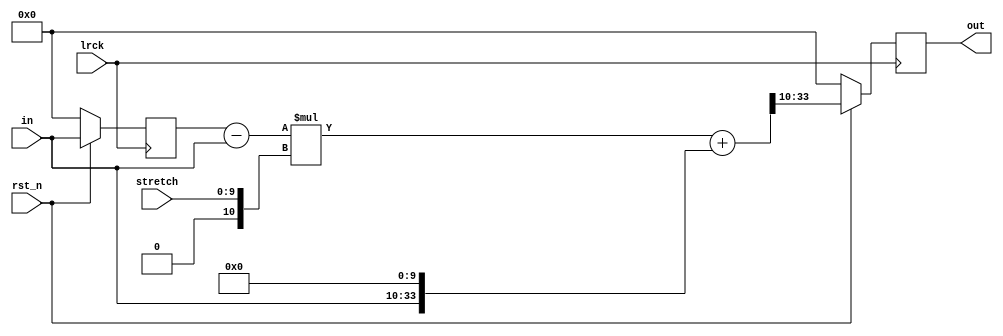
// SPDX-License-Identifier: MIT
// SPDX-FileCopyrightText: 2021 Tamas Hubai

`default_nettype none

// feedback lowpass filter for karplus-strong
// out = loss * ((1-stretch) * in + stretch * in_{-1})

module ks_feedback (
   input lrck,
   input rst_n,
   input [9:0] stretch,
   input signed [23:0] in,
   output reg signed [23:0] out
);

reg signed [23:0] last_in;
wire signed [33:0] last_in_w = last_in;
wire signed [33:0] in_w = in;
wire signed [33:0] stretch_s = stretch;
wire signed [33:0] out_lowpass_w = (last_in_w - in_w) * stretch_s + (in_w << 10);
wire signed [23:0] out_lowpass = out_lowpass_w[33:10];

always @ (posedge lrck) begin
   if (!rst_n) begin
      out <= 0;
      last_in <= 0;
   end else begin
      out <= out_lowpass;
      last_in <= in;
   end
end

endmodule

`default_nettype wire